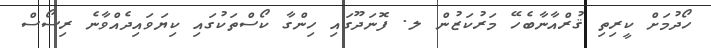
ހޯދުމަށް ކީރިތި ޤުރްއާނާބެހޭ މަރުކަޒުން ލ. ފޮނަދޫގައި ހިންގާ ކޯސްތަކުގައި ކިޔަވައިދެއްވާނެ ރިސޯސް